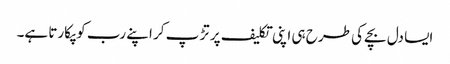
ایسا دل بچے کی طرح ہی اپنی تکلیف پر تڑ پ کر اپنے رب کو پکارتا ہے۔